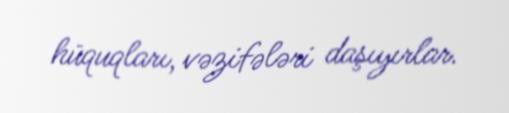
hüquqları, vəzifələri daşıyırlar.